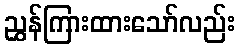
ညွှန်ကြားထားသော်လည်း